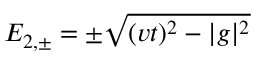
E _ { 2 , \pm } = \pm \sqrt { ( v t ) ^ { 2 } - | g | ^ { 2 } }